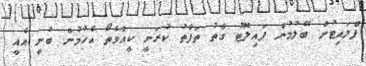
ފްލައިޓުން ބޭލުމުން ޕައިލޮޓު ގާތު ތަފާތު ކުރަނީ ކީއްވެތޯ އެހުުމުން ބުނީ އެއީ